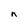
Character: n